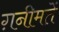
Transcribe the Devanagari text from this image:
ग़नीमतें